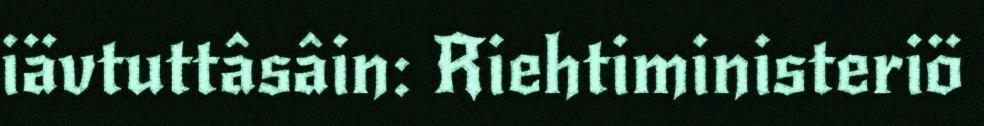
iävtuttâsâin: Riehtiministeriö